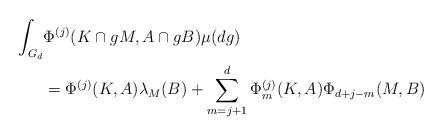
LaTeX: \begin{align*}\int_{G_d} &\Phi^{(j)} (K\cap gM,A\cap gB) \mu (dg)\\&= \Phi^{(j)}(K,A)\lambda_M(B)+\sum_{m=j+1}^{d} \Phi_{m}^{(j)}(K,A)\Phi_{d+j-m}(M,B)\end{align*}